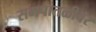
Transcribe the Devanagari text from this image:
समपातळीवर